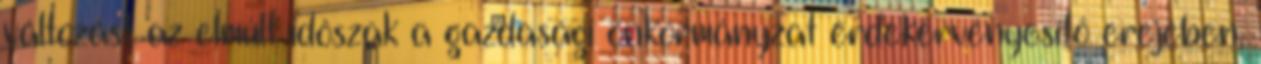
változást az elmúlt idôszak a gazdasági önkormányzat érdekérvényesítô erejében,